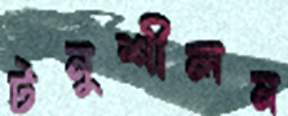
টনুশীলন